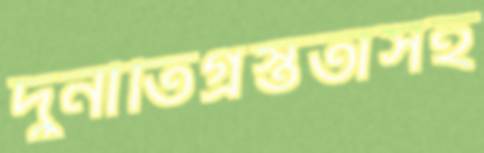
দুর্নীতিগ্রস্ততাসহ